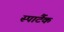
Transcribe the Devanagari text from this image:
स्पार्टैक